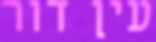
עין דור